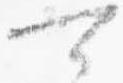
可